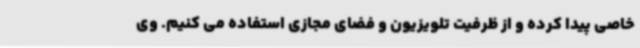
خاصی پیدا کرده و از ظرفیت تلویزیون و فضای مجازی استفاده می کنیم. وی